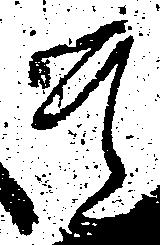
其